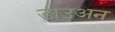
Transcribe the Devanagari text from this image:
डाउअन